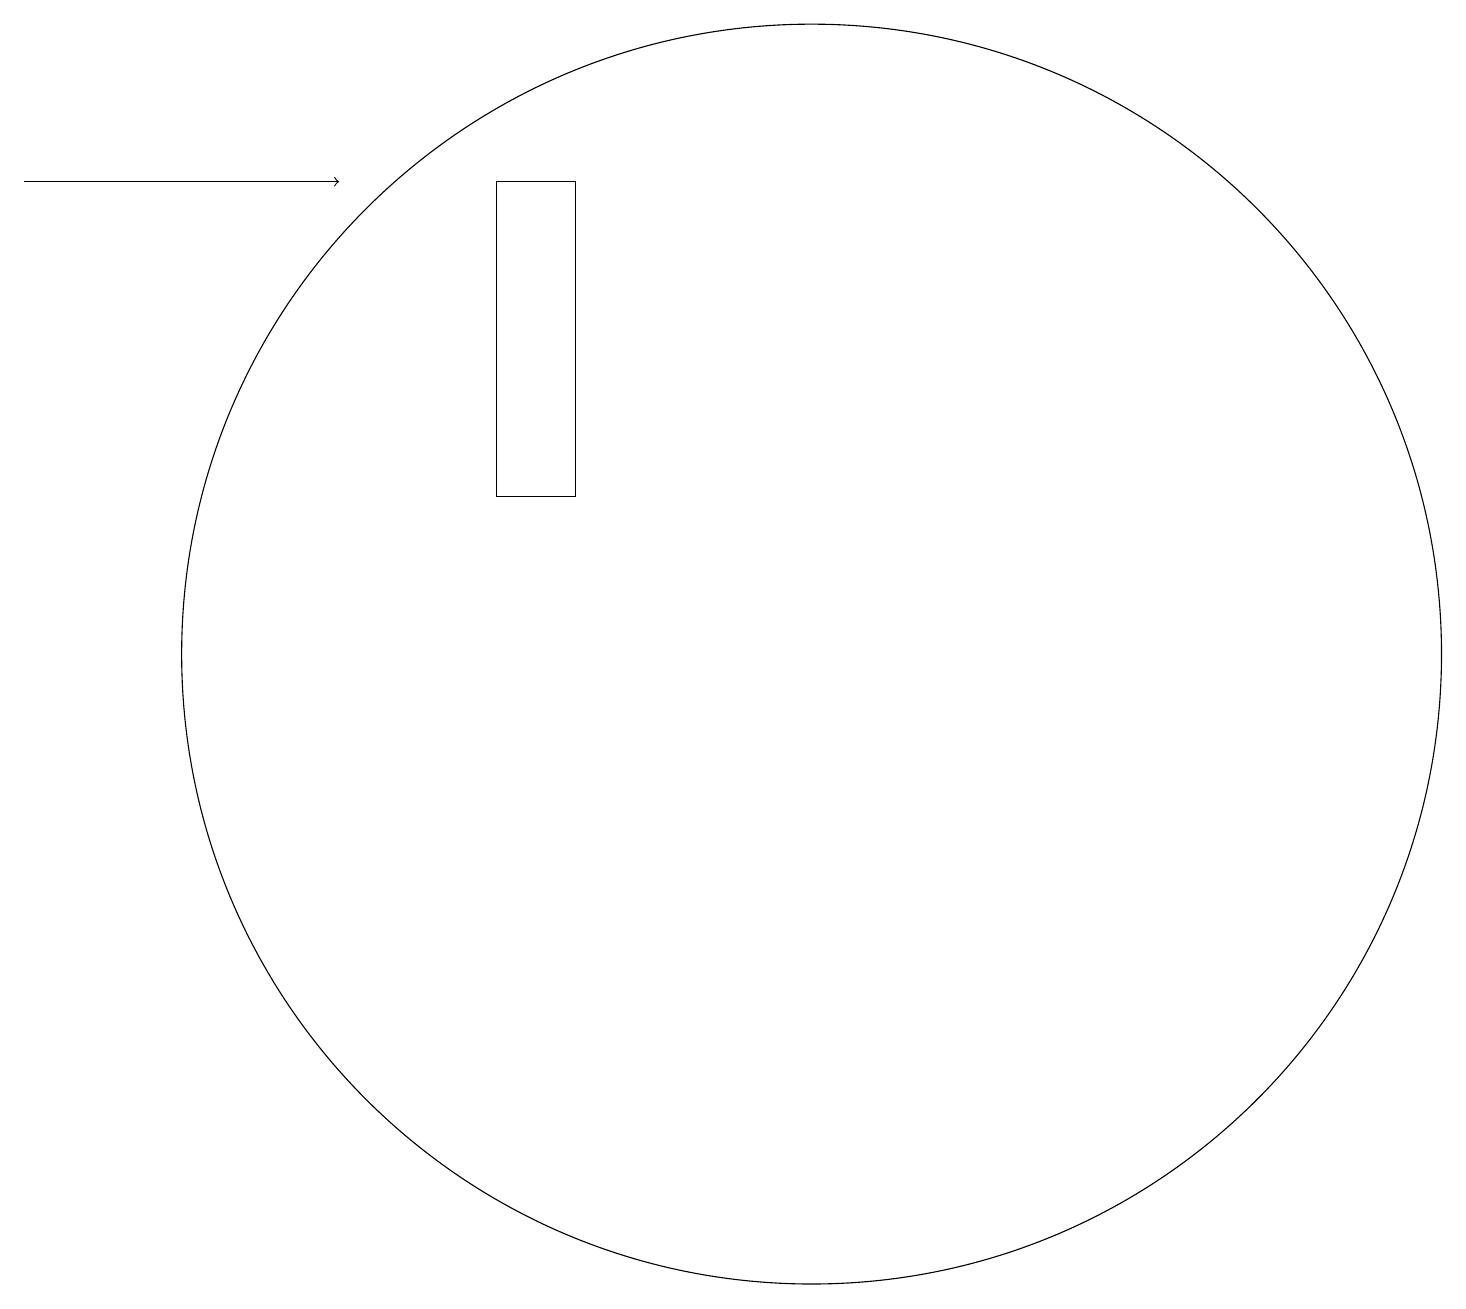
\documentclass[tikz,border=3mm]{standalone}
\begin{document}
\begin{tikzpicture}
\draw (11,10) circle (8);
\draw (7,16) rectangle (8,12);
\draw[->] (1,16) -- (5,16);
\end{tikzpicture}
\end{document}